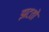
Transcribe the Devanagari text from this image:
झटतो